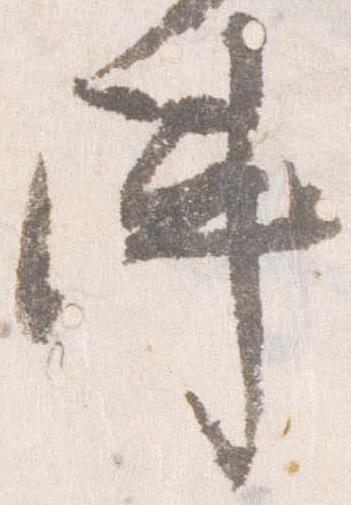
陣